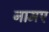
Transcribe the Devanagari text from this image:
नामए